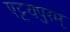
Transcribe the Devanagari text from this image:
एट्टयपुरम्